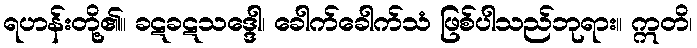
ရဟန်းတို့၏။ ခဋခဋသဒ္ဒေါ၊ ခေါက်ခေါက်သံ ဖြစ်ပါသည်ဘုရား။ ဣတိ၊